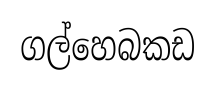
ගල්හෙබකඩ